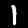
Label: 1